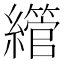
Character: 䌣